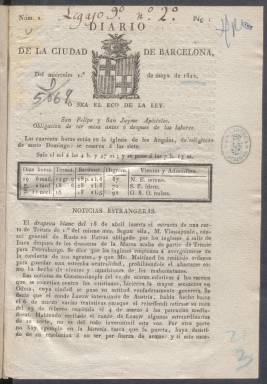
Título: Diario de la ciudad de Barcelona
Colección: Periódicos anteriores a 1850
Ámbito geográfico: Barcelona
Lugar de publicación: Barcelona
Fechas: 01/05/1822-15/06/1823